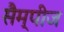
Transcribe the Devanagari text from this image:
सैम्पीज